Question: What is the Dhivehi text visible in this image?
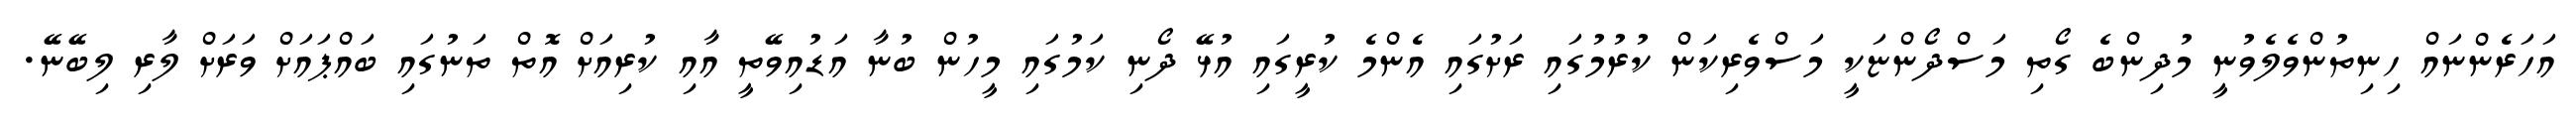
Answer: އަހަރެންނައް ހިނިތުންވެލެވުނީ މުދިންބެ ގޯތި މަސްދޯންޏަކީ މަސްވެރިކަން ކުރުމުގައި ރަށުގައި އެންމެ ކުރީގައި އުޅޭ ދޯނި ކަމުގައި މީހުން ބުނާ އަޑުއިވޭތީ އާއި ކުރިއަށް އޮތް ތަނުގައި ބައްޕައަށް ވަރަށް ލާރި ލިބޭނޭ.